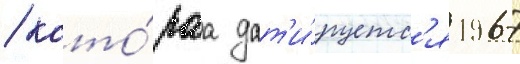
/ кото́раа дат'и́руетс'я 1967